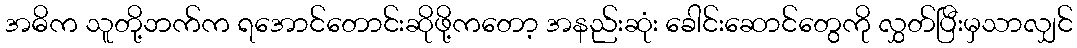
အဓိက သူတို့ဘက်က ရအောင်တောင်းဆိုဖို့ကတော့ အနည်းဆုံး ခေါင်းဆောင်တွေကို လွှတ်ပြီးမှသာလျှင်